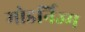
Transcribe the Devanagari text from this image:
मोडर्निज्म